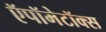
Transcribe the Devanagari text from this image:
ऍपॉमेटॉक्स